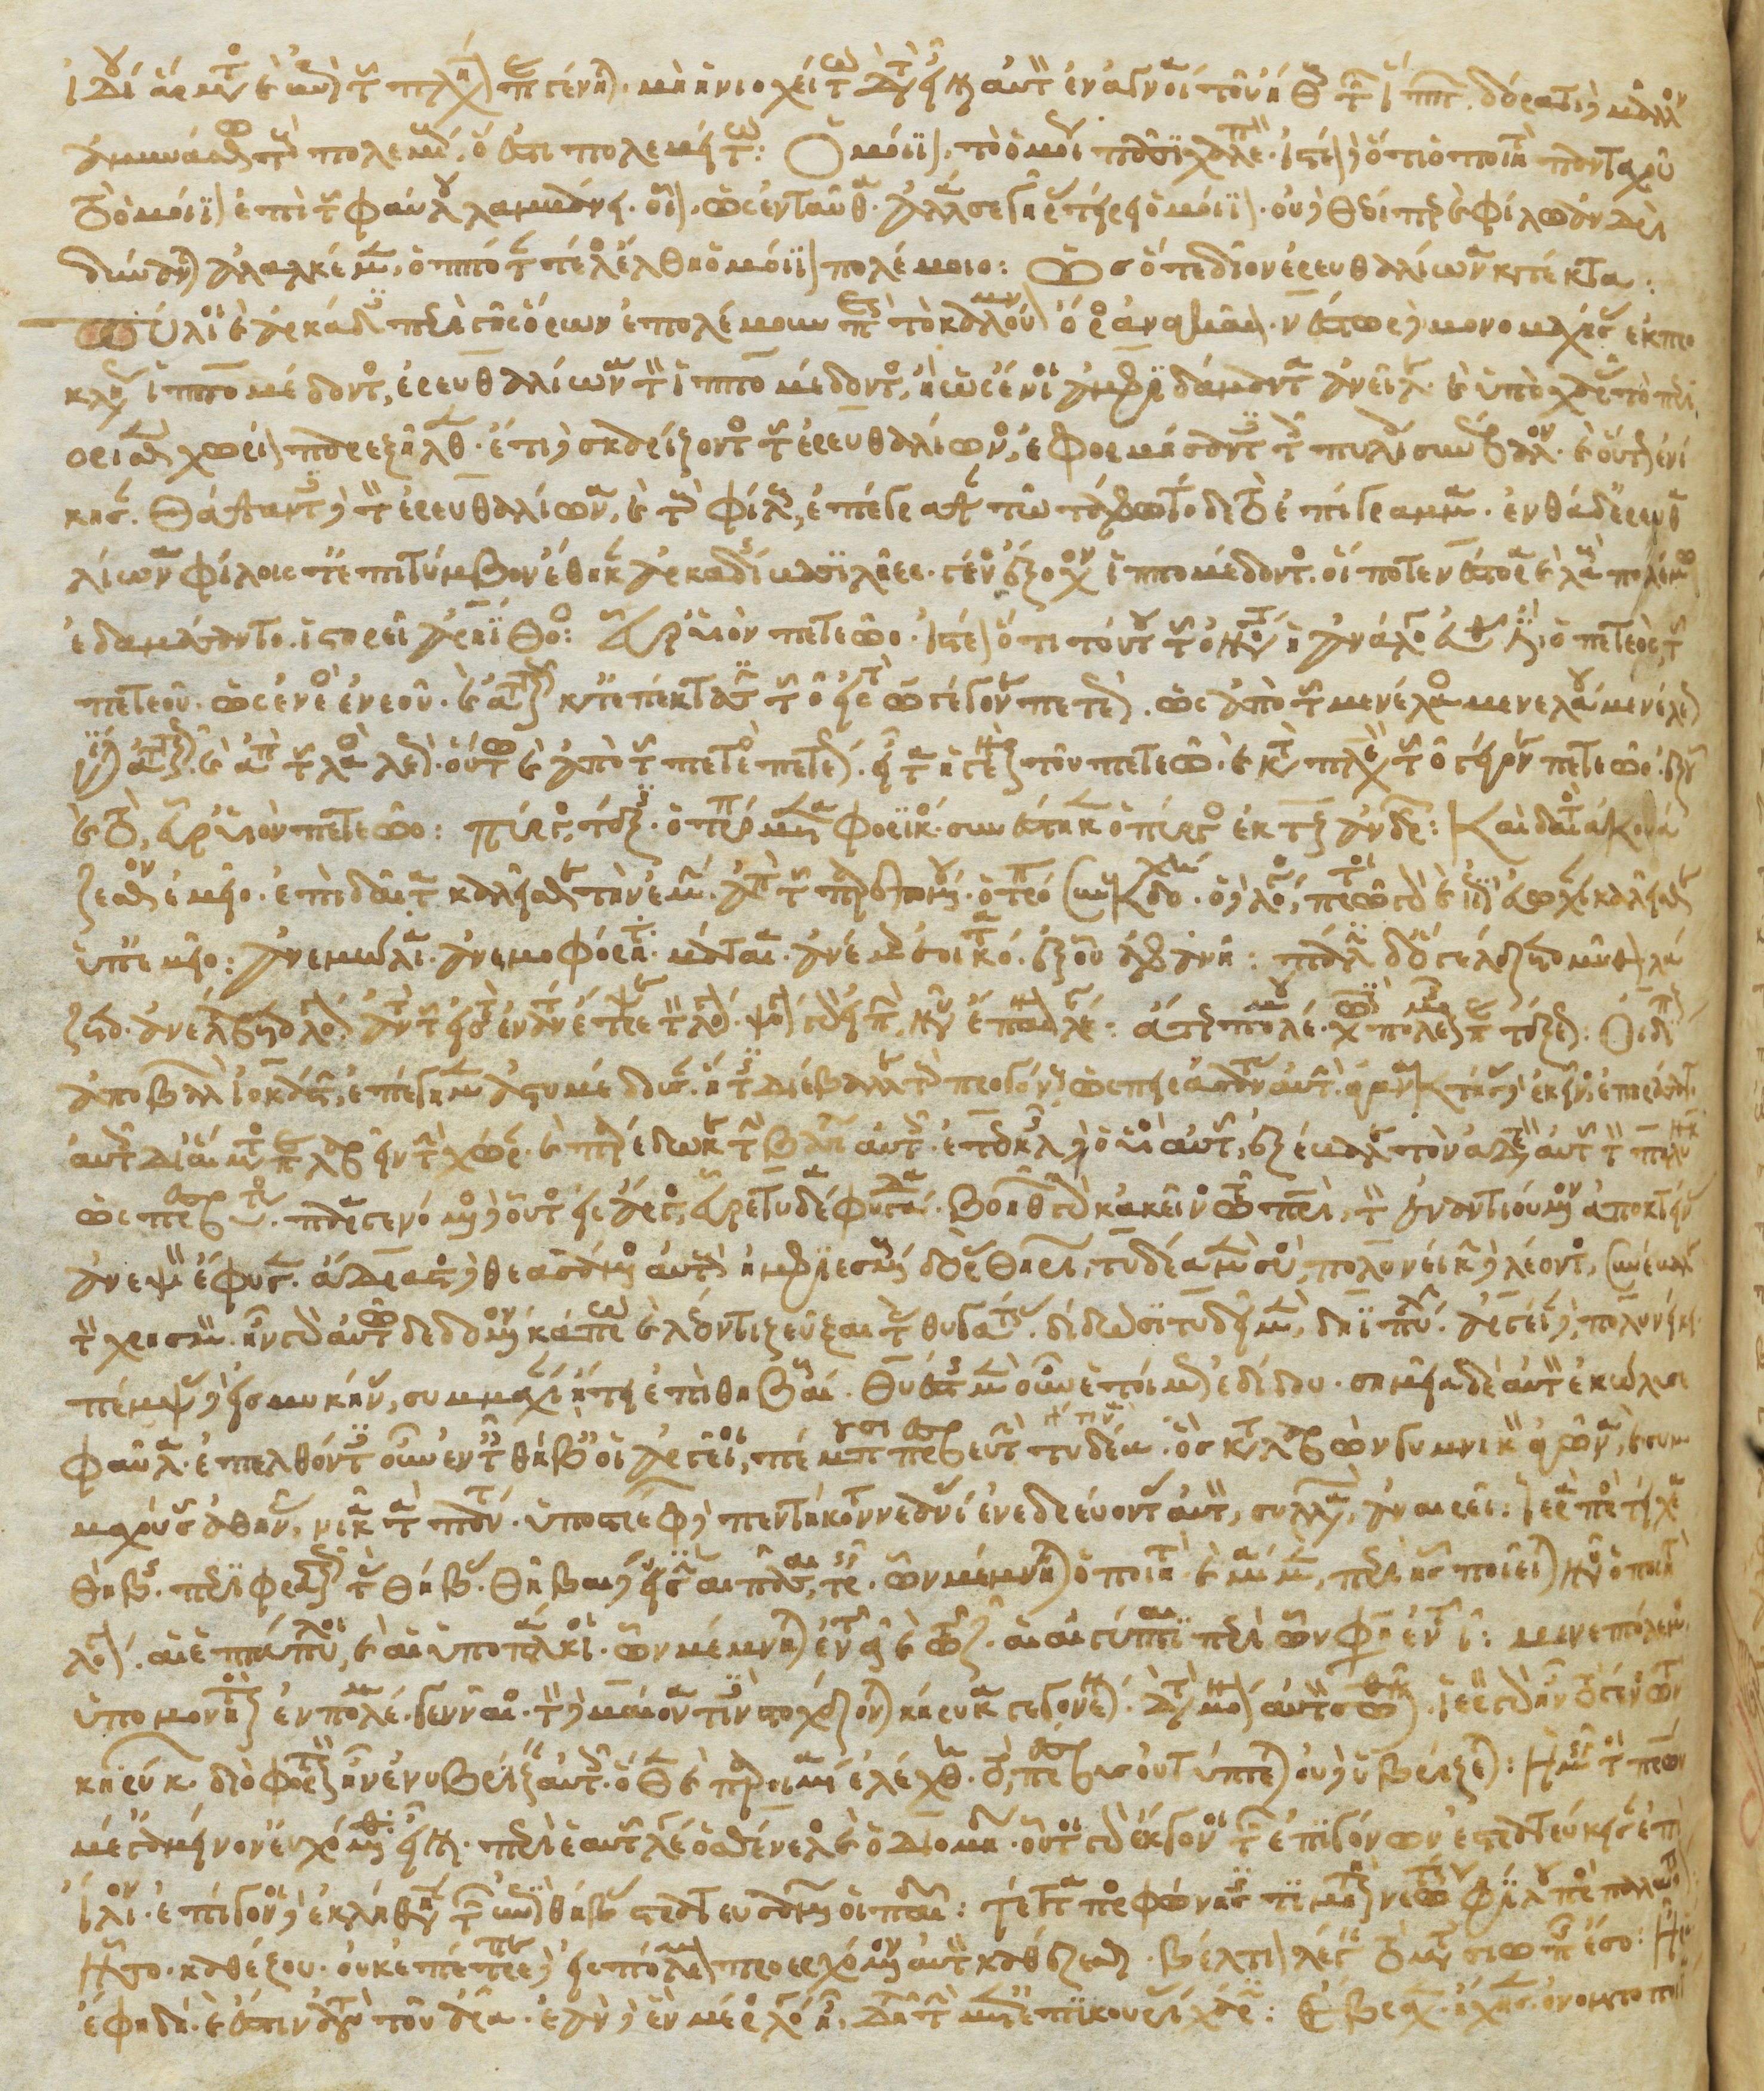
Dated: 1266–1299